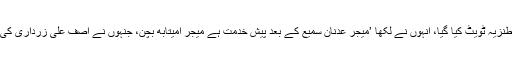
عائشاز ایجنڈا نامی صارف کی جانب سے ایک طنزیہ ٹویٹ کیا گیا، انہوں نے لکھا ’میجر عدنان سمیع کے بعد پیش خدمت ہے میجر امیتابھ بچن، جنہوں نے آصف علی زرداری کی گرفتاری کی خوشی ایسے منانے کا فیصلہ کیا۔